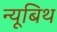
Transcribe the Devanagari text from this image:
न्यूबिथ